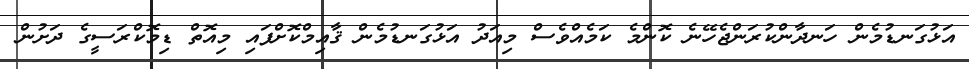
އަޅުގަނޑުމެން ހަނދާންކުރަންޖެހޭނެ ކޮންމެ ކަމެއްވެސް މިއަދު އަޅުގަނޑުމެން ޤާއިމްކޮށްފައި މިއޮތް ޑިމޮކްރަސީގެ ދަށުން